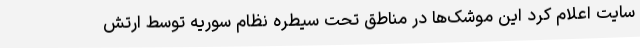
سایت اعلام کرد این موشک‌ها در مناطق تحت سیطره نظام سوریه توسط ارتش